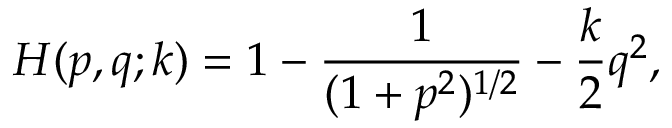
H ( p , q ; k ) = 1 - \frac { 1 } { ( 1 + p ^ { 2 } ) ^ { 1 / 2 } } - \frac { k } { 2 } q ^ { 2 } ,